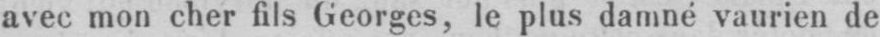
avec mon cher fils Georges, le plus damné vaurien de